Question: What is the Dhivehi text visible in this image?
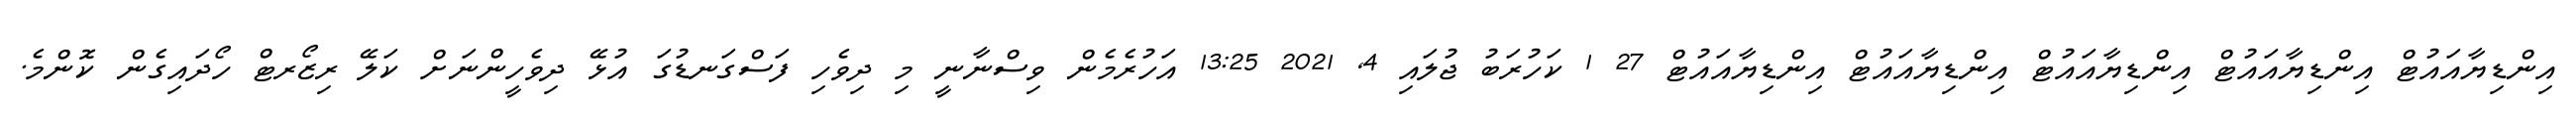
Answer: އިންޑިޔާއައުޓް އިންޑިޔާއައުޓް އިންޑިޔާއައުޓް އިންޑިޔާއައުޓް އިންޑިޔާއައުޓް 27 1 ކަހުރަބު ޖުލައި 4, 2021 13:25 އަހުރެމެން ވިސްނާނީ މި ދިވެހި ފަސްގަނޑުގަ އުޅޭ ދިވެހީންނަށް ކަލޭ ރިޒޯރޓް ހޯދައިގެން ކޮންމެ.